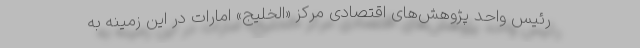
رئیس واحد پژوهش‌های اقتصادی مرکز «الخلیج» امارات در این زمینه به